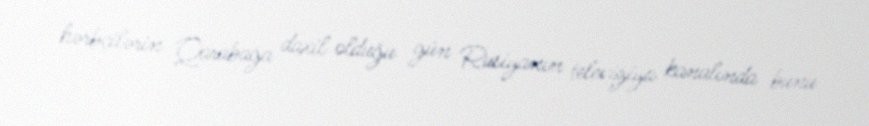
hərbçilərin Qarabağa daxil olduğu gün Rusiyanın televiziya kanalında bunu